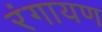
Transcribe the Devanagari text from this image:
रंगायण